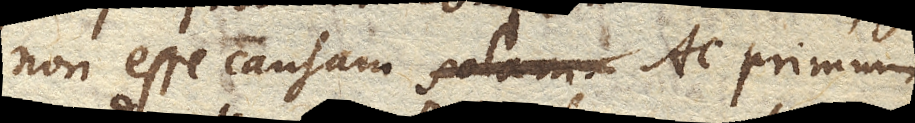
non esse causam solam. Ac primum